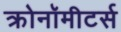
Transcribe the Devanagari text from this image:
क्रोनॉमीटर्स